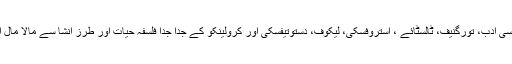
صدی ختم ہوتے ہوتے روسی ادب، تورگنیف، ٹالسٹائے ، استروفسکی، لیکوف، دستوتیفسکی اور کرولینکو کے جدا جدا فلسفہ حیات اور طرز انشا سے مالا مال اور رنگا رنگ ہو چکا تھا۔